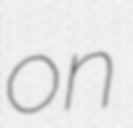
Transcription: on